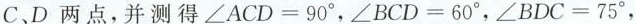
C、D两点，并测得$$\angleACD = 90^{\circ}$$ , $$\angle BCD = 60^{\circ}$$ ， $$\angle BDC = 75^{\circ}$$ ，